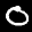
Label: 0